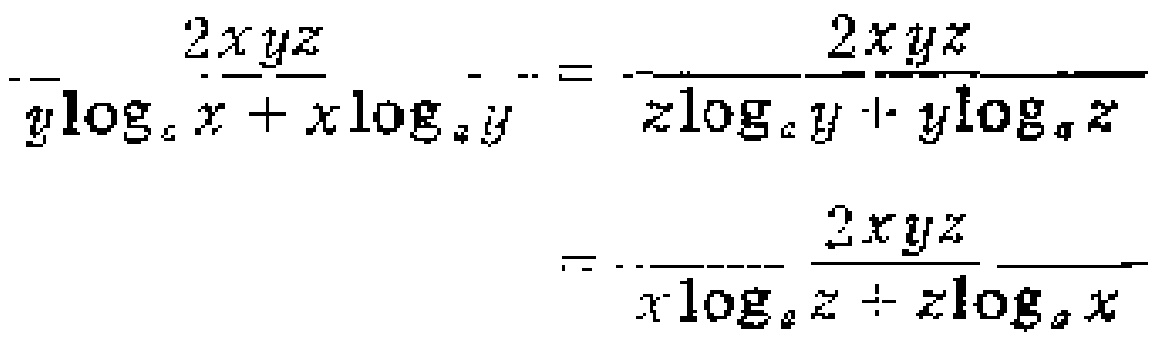
\[\frac{2xyz}{y\log_{a}x + x\log_{a}y}=\frac{2xyz}{z\log_{a}y + y\log_{a}z}=\frac{2xyz}{x\log_{a}z + z\log_{a}x}\]